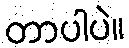
တာပါပဲ။